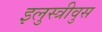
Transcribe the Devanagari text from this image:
इलुस्त्रीवुस